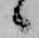
候